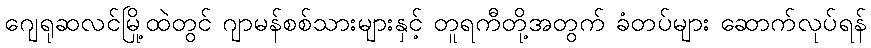
ဂျေရုဆလင်မြို့ထဲတွင် ဂျာမန်စစ်သားများနှင့် တူရကီတို့အတွက် ခံတပ်များ ဆောက်လုပ်ရန်